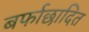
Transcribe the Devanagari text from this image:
बर्फाछादित